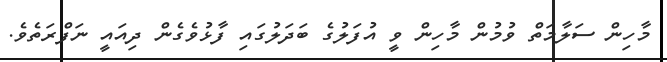
މާހިން ސަލާމަތް ވުމުން މާހިން ވީ އުފަލުގެ ބަދަލުގައި ފާޅުވެގެން ދިއައީ ނަފްރަތެވެ.